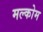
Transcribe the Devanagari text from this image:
मल्कोम